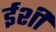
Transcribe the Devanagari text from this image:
ईशी